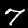
Label: 7